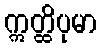
ဣတ္ထိပုမာ